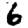
Digit: 6